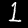
Digit: 1